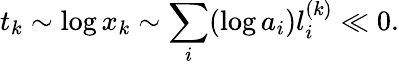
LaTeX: t_{k}\sim\log x_{k}\sim\sum_{i}(\log a_{i})l_{i}^{(k)}\ll 0.